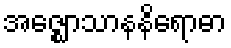
အဇ္ဈောသာနနိရောဓာ